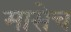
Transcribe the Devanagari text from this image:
मासेच